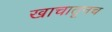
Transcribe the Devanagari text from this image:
खाचातूनच